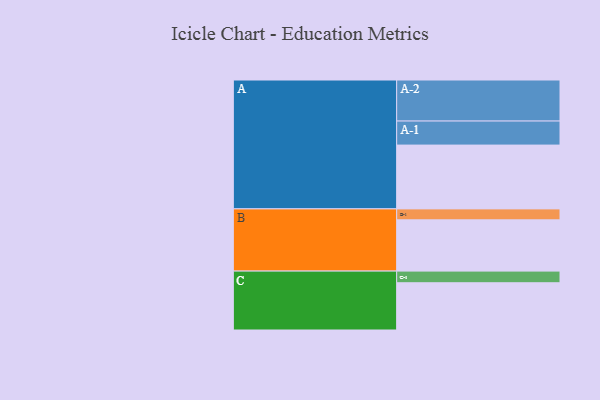
{"axis": {"x": "Segment", "y": "Value"}, "legend": ["", "A", "B", "C"], "data": [{"x": "A", "y": 443, "type": ""}, {"x": "B", "y": 356, "type": ""}, {"x": "C", "y": 328, "type": ""}, {"x": "A-1", "y": 167, "type": "A"}, {"x": "A-2", "y": 285, "type": "A"}, {"x": "B-1", "y": 76, "type": "B"}, {"x": "C-1", "y": 81, "type": "C"}]}